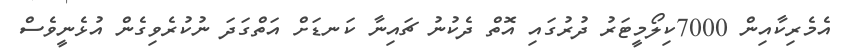
އެމެރިކާއިން 7000ކިލޯމީޓަރު ދުރުގައި އޮތް ދެކުނު ޗައިނާ ކަނޑަށް އަތްގަދަ ނުކުރެވިގެން އުޅެނީވެސް